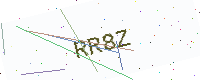
Text: RR8Z